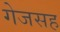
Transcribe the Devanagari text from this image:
गेजसह